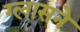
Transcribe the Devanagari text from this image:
ग्लासने